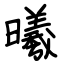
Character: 曦